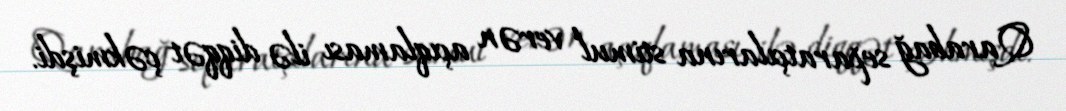
Qarabağ separatçılarına stimul verən açıqlaması ilə diqqət çəkmişdi.